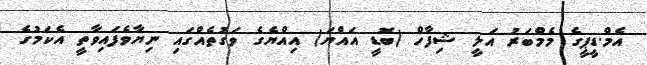
އެމް.ޑީޕީގެ މެމްބަރު އަލީ ޝިފާހް (ބޮޑީ އައްޔަ) އިއްޔެގެ ވަގުތެއްގައި ނިޔާވެފައިވާތީ އެކަމުގެ